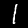
Label: 1